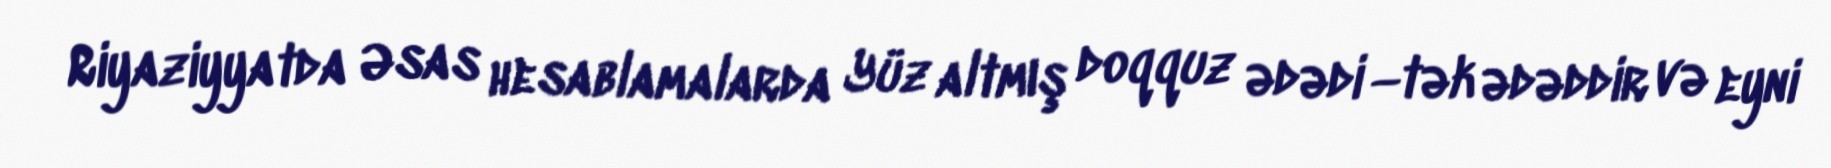
Riyaziyyatda Əsas hesablamalarda Yüz altmış doqquz ədədi —tək ədəddir və eyni